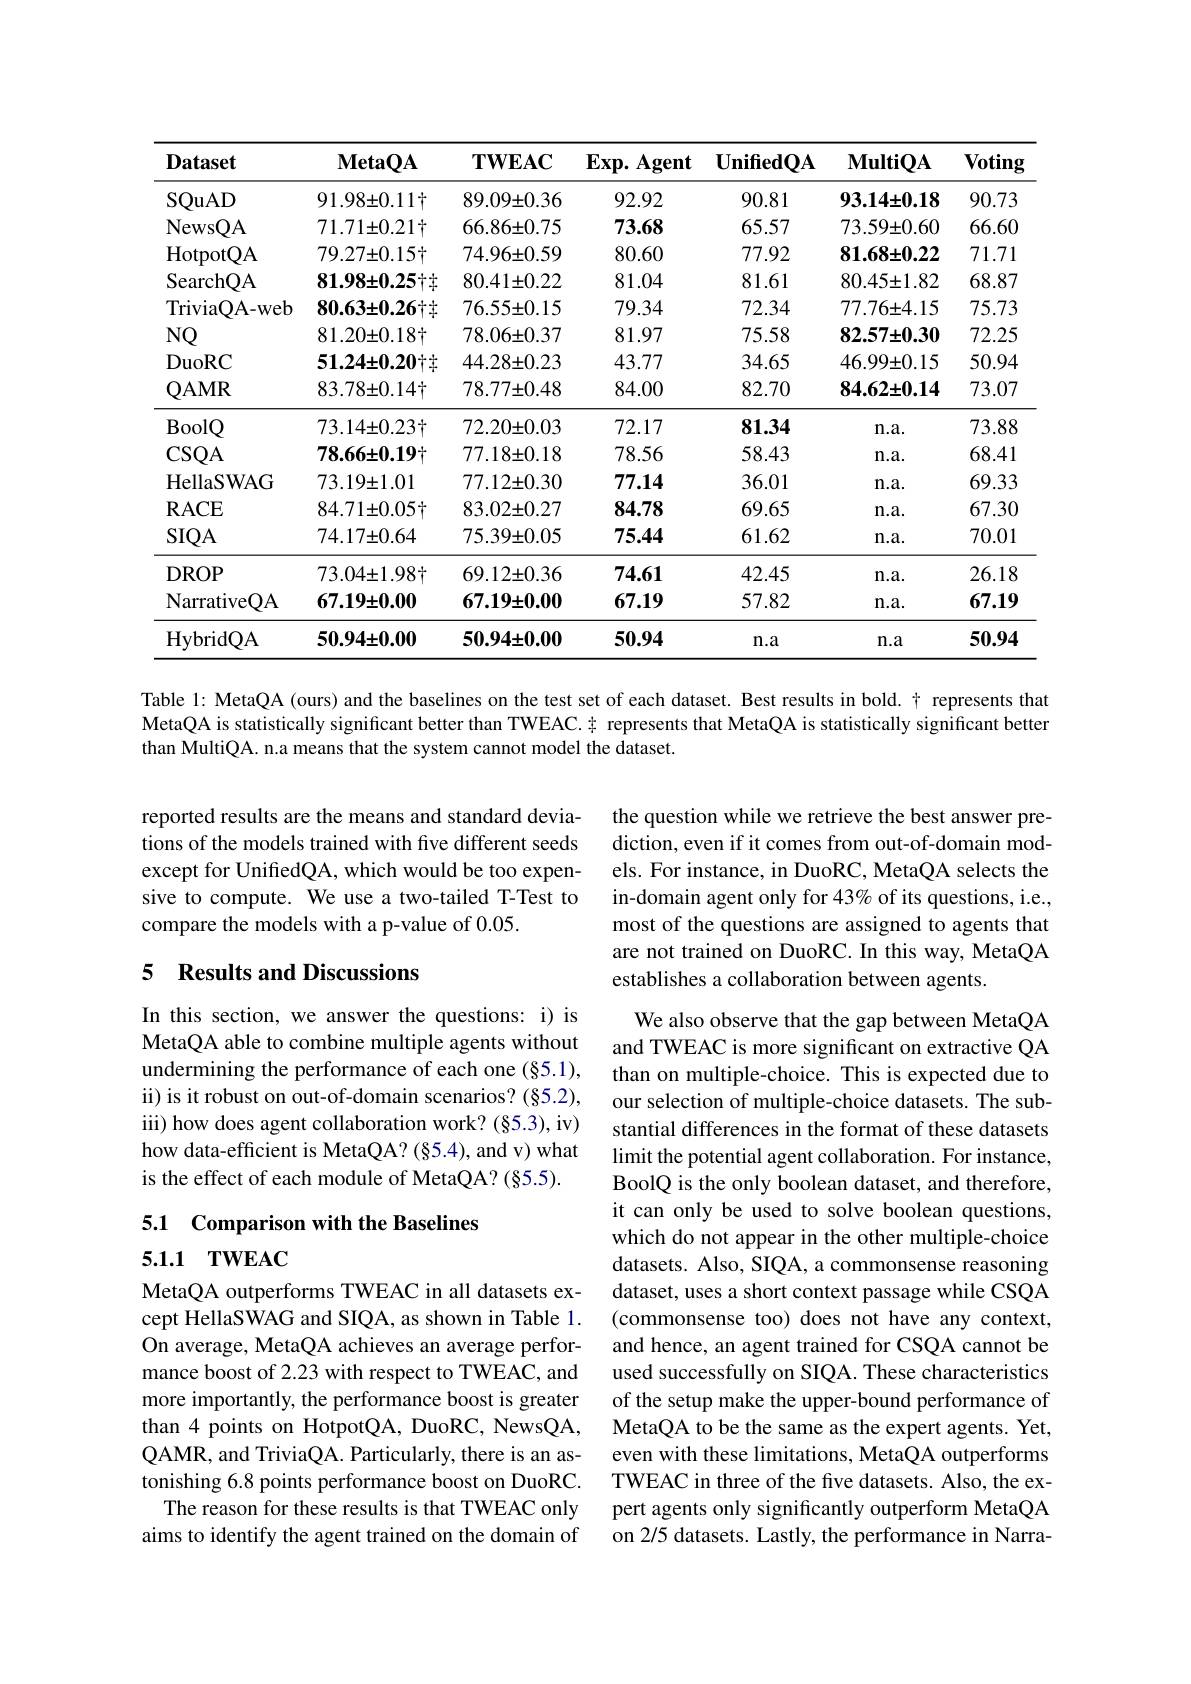
<table>
	<tbody>
		<tr>
			<th>$\mathbf{Dataset}$</th>
			<th>$\mathbf{MetaQA}$</th>
			<th>$\mathbf{TWEAC}$</th>
			<th>$\mathbf{Exp.Agent}$</th>
			<th>$\mathbf{UnifiedQA}$</th>
			<th>$\mathbf{MultiQA}$</th>
			<th>Voting</th>
		</tr>
		<tr>
			<td>$\operatorname{SQuAD}$</td>
			<td>$91.98\pm0.11+$</td>
			<td>$89.09\pm0.36$</td>
			<td>92.92</td>
			<td>90.81</td>
			<td>$93.14\pm0.18$</td>
			<td>90.73</td>
		</tr>
		<tr>
			<td>NewsQA T</td>
			<td>$71.71\pm0.21$十</td>
			<td>$66.86\pm0.75$</td>
			<td>73.68</td>
			<td>65.57</td>
			<td>$73.59\pm0.60$</td>
			<td>66.60</td>
		</tr>
		<tr>
			<td>HotpotQA</td>
			<td>$79.27\pm0.15\dag$</td>
			<td>$74.96\pm0.59$</td>
			<td>80.60</td>
			<td>77.92</td>
			<td>$81.68\pm0.22$</td>
			<td>71.71</td>
		</tr>
		<tr>
			<td>SearchQA</td>
			<td>$81.98\pm0.25+$</td>
			<td>$80.41\pm0.22$</td>
			<td>81.04</td>
			<td>81.61</td>
			<td>$80.45\pm1.82$</td>
			<td>68.87</td>
		</tr>
		<tr>
			<td>TriviaQA-web</td>
			<td>$80.63\pm0.26$十十</td>
			<td>$76.55\pm0.15$</td>
			<td>79.34</td>
			<td>72.34</td>
			<td>$77.76\pm4.15$</td>
			<td>75.73</td>
		</tr>
		<tr>
			<td>NQ</td>
			<td>$81.20\pm0.18$</td>
			<td>$78.06\pm0.37$</td>
			<td>81.97</td>
			<td>75.58</td>
			<td>$82.57\pm0.30$</td>
			<td>72.25</td>
		</tr>
		<tr>
			<td>DuoRC</td>
			<td>$51.24\pm0.20$十十</td>
			<td>$44.28\pm0.23$</td>
			<td>43.77</td>
			<td>34.65</td>
			<td>$46.99\pm0.15$</td>
			<td>50.94</td>
		</tr>
		<tr>
			<td>QAMR</td>
			<td>$83.78\pm0.14$</td>
			<td>$78.77\pm0.48$</td>
			<td>84.00</td>
			<td>82.70</td>
			<td>$84.62\pm0.14$</td>
			<td>73.07</td>
		</tr>
		<tr>
			<td>BoolQ</td>
			<td>$73.14\pm0.23$节</td>
			<td>$72.20\pm0.03$</td>
			<td>72.17</td>
			<td>81.34</td>
			<td>$\mathbf{n.a.}$</td>
			<td>73.88</td>
		</tr>
		<tr>
			<td>$CSQA$</td>
			<td>$78.66\pm0.19+$</td>
			<td>$77.18\pm0.18$</td>
			<td>78.56</td>
			<td>58.43</td>
			<td>$n.a.$</td>
			<td>68.41</td>
		</tr>
		<tr>
			<td>HellaSWAG</td>
			<td>$73.19\pm1.01$</td>
			<td>$77.12\pm0.30$</td>
			<td>77.14</td>
			<td>36.01</td>
			<td>$n.a.$</td>
			<td>69.33</td>
		</tr>
		<tr>
			<td>$\mathbf{R}$ACE</td>
			<td>$84.71\pm0.05\dag$</td>
			<td>$83.02\pm0.27$</td>
			<td>84.78</td>
			<td>69.65</td>
			<td>$n.a.$</td>
			<td>67.30</td>
		</tr>
		<tr>
			<td>$SIQA$</td>
			<td>$74.17\pm0.64$</td>
			<td>$75.39\pm0.05$</td>
			<td>75.44</td>
			<td>61.62</td>
			<td>$n.a.$</td>
			<td>70.01</td>
		</tr>
		<tr>
			<td>$DROP$</td>
			<td>$73.04\pm1.98\dag$</td>
			<td>$69.12\pm0.36$</td>
			<td>74.61</td>
			<td>42.45</td>
			<td>$n.a.$</td>
			<td>26.18</td>
		</tr>
		<tr>
			<td>NarrativeQA</td>
			<td>$67.19\pm0.00$</td>
			<td>$67.19\pm0.00$</td>
			<td>67.19</td>
			<td>57.82</td>
			<td>$n.a.$</td>
			<td>67.19</td>
		</tr>
		<tr>
			<td>HybridOA</td>
			<td>$50.94\pm0.00$</td>
			<td>$50.94\pm0.00$</td>
			<td>50.94</td>
			<td>$n.a$</td>
			<td>$n.a$</td>
			<td>50.94</td>
		</tr>
	</tbody>
</table>

Table 1: MetaQA (ours) and the baselines on the test set of each dataset. Best results in bold. # represents that MetaQA is statistically significant better than TWEAC.非 represents that MetaQA is statistically significant better than MultiQA. n.a means that the system cannot model the dataset.

reported results are the means and standard deviations of the models trained with five different seeds except for UnifiedQA, which would be too expensive to compute. We use a two-tailed T-Test to compare the models with a p-value of 0.05.

the question while we retrieve the best answer prediction, even if it comes from out-of-domain models. For instance, in DuoRC, MetaQA selects the in-domain agent only for 43% of its questions, i.e., most of the questions are assigned to agents that are not trained on DuoRC. In this way, MetaQA establishes a collaboration between agents.

## 5 Results and Discussions

In this section, we answer the questions: i) is MetaQA able to combine multiple agents without undermining the performance of each one (§5.1), ii) is it robust on out-of-domain scenarios? (§5.2), iii) how does agent collaboration work? (§5.3), iv) how data-efficient is MetaQA? (§5.4), and v) what is the effect of each module of MetaQA? (§5.5).

5.1 Comparison with the Baselines

5.1.1 TWEAC

We also observe that the gap between MetaQA and TWEAC is more significant on extractive QA than on multiple-choice. This is expected due to our selection of multiple-choice datasets. The substantial differences in the format of these datasets limit the potential agent collaboration. For instance, BoolQ is the only boolean dataset, and therefore, it can only be used to solve boolean questions, which do not appear in the other multiple-choice datasets. Also, SIQA, a commonsense reasoning dataset, uses a short context passage while CSQA (commonsense too) does not have any context, and hence, an agent trained for CSQA cannot be used successfully on SIQA. These characteristics of the setup make the upper-bound performance of MetaQA to be the same as the expert agents. Yet, even with these limitations, MetaQA outperforms TWEAC in three of the five datasets. Also, the expert agents only significantly outperform MetaQA on 2/5 datasets. Lastly, the performance in Narra-

MetaQA outperforms TWEAC in all datasets except HellaSWAG and SIQA, as shown in Table 1. On average, MetaQA achieves an average performance boost of 2.23 with respect to TWEAC, and more importantly, the performance boost is greater than 4 points on HotpotQA, DuoRC, NewsQA, QAMR, and TriviaQA. Particularly, there is an astonishing 6.8 points performance boost on DuoRC.
The reason for these results is that TWEAC only aims to identify the agent trained on the domain of